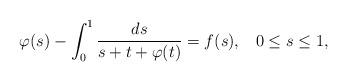
LaTeX: \begin{align*} \varphi (s) - \int_0^1 \frac {d s} {s + t + \varphi (t)} = f (s), \;\;\; 0 \leq s \leq 1, \end{align*}